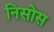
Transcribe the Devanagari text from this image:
निसोस